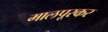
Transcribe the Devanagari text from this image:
मालपूरकर